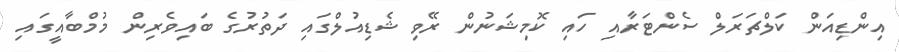
އިންޑިއަން ކަލްޗަރަލް ސެންޓަރާއި ހައި ކޮމިޝަނުން ރޭވި ޝެޑިއުލްގައި ދަތުރުގެ ބައިވެރިން މުމްބާއީގައި